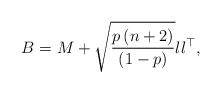
LaTeX: \begin{align*}B=M+\sqrt{\frac{p\left(n+2\right)}{\left(1-p\right)}}ll^{\top},\end{align*}